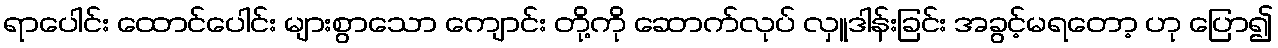
ရာပေါင်း ထောင်ပေါင်း များစွာသော ကျောင်း တို့ကို ဆောက်လုပ် လှူဒါန်းခြင်း အခွင့်မရတော့ ဟု ပြော၍